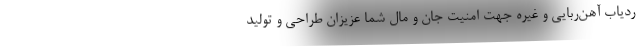
ردیاب آهن‌ربایی و غیره جهت امنیت جان و مال شما عزیزان طراحی و تولید